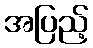
အပြည့်